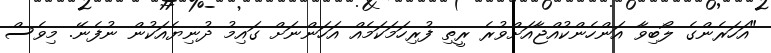
"އަހަރެންގެ ލޯބިވާ އަންހެންކުއްޖާއަށްވުރެ ރީތި ފުރިހަމަކަމެއް އަހަންނަށް ގައިމު ދުނިޔެއަކުން ނުފެނޭ. މިވެސް